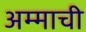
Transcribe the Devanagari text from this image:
अम्माची